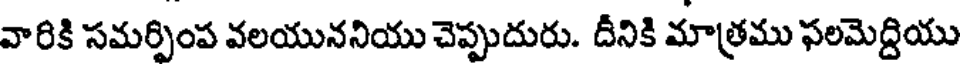
వారికి సమర్పింప వలయుననియు చెప్పుదురు. దీనికి మాత్రము ఫలమెద్దియు